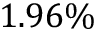
1 . 9 6 \%